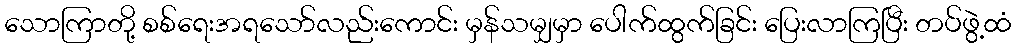
သောကြာတို့ စစ်ရေးအရသော်လည်းကောင်း မှန်သမျှမှာ ပေါက်ထွက်ခြင်း ပြေးလာကြပြီး တပ်ဖွဲ့ထံ